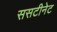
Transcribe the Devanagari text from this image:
ससटीनेट